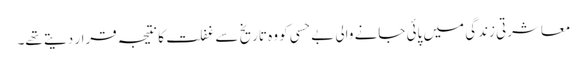
معاشرتی زندگی میں پائی جانے والی بے حسی کو وہ تاریخ سے غفلت کا نتیجہ قرار دیتے تھے۔